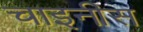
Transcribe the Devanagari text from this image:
चाइनीस